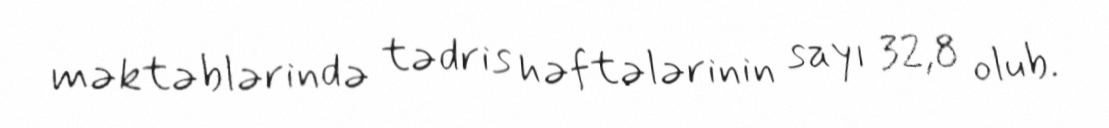
məktəblərində tədris həftələrinin sayı 32,8 olub.